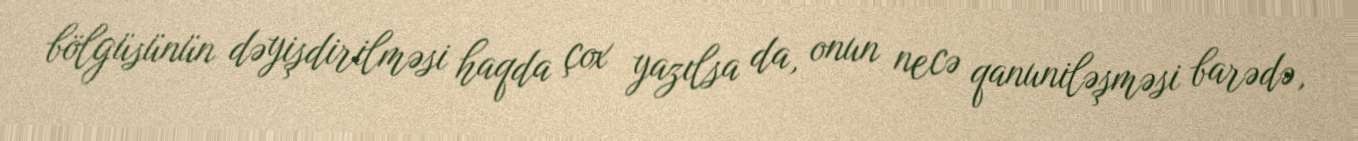
bölgüsünün dəyişdirilməsi haqda çox yazılsa da, onun necə qanuniləşməsi barədə,